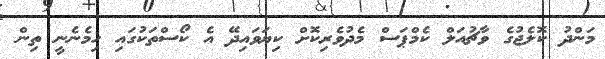
މަންދު ކޮލެޖުގެ ވާޗުއަލް ކެމްޕަސް މެދުވެރިކޮށް ކިޔަވައިދޭ އެ ކޯސްތަކުގައި ހިމެނެނީ ތިން